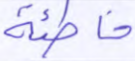
خاطئة